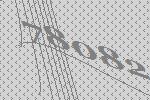
78082